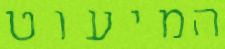
המיעוט